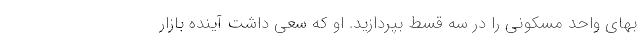
بهای واحد مسکونی را در سه قسط بپردازید. او که سعی داشت آینده بازار